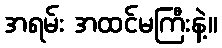
အရမ်း အထင်မကြီးနဲ့။